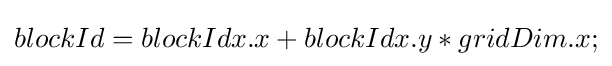
blockId=blockIdx.x+blockIdx.y*gridDim.x;